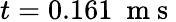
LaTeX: t=0.161\ \mathrm{~m~s~}